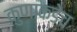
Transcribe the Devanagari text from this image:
कुणाकडेच